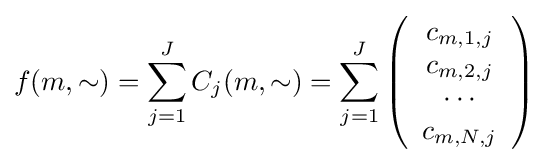
f(m,\sim )=\sum _{j=1}^{J}C_{j}(m,\sim )=\sum _{j=1}^{J}\left({\begin{array}{c}c_{m,1,j}\\c_{m,2,j}\\\cdots \\c_{m,N,j}\\\end{array}}\right)